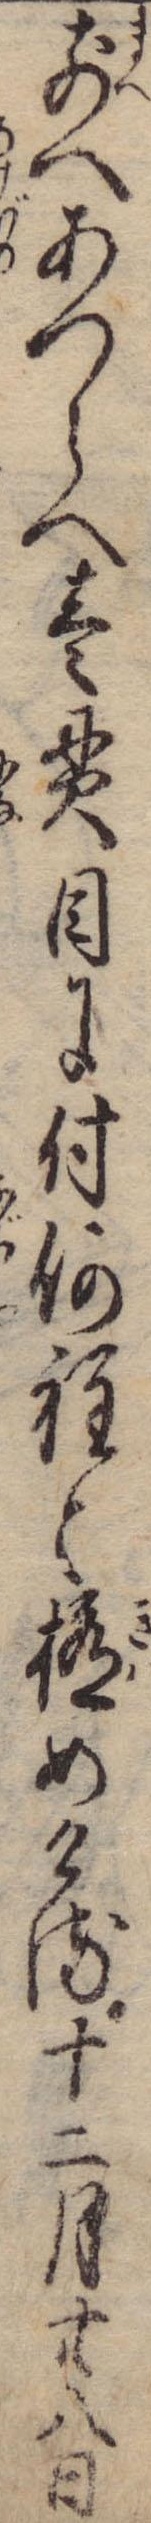
前へあつらへ壱貫目に付何程と極めける十二月廿八日